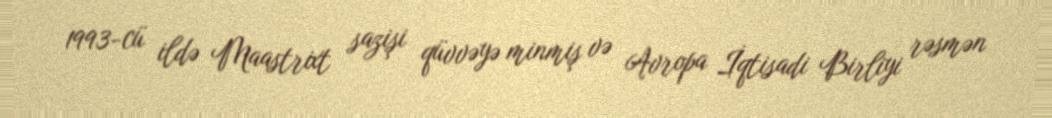
1993-cü ildə Maastrixt sazişi qüvvəyə minmiş və Avropa İqtisadi Birliyi rəsmən